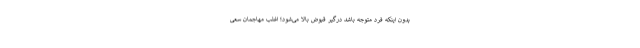
بدون اینکه فرد متوجه باشد درگیر قبوض بالا می‌شود؛ اغلب مهاجمان‌ سعی